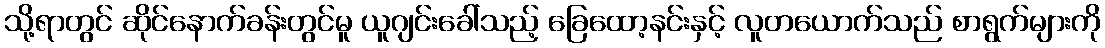
သို့ရာတွင် ဆိုင်နောက်ခန်းတွင်မူ ယူဂျင်းခေါ်သည့် ခြေထော့နင်းနှင့် လူတယောက်သည် စာရွက်များကို